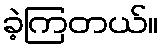
ခဲ့ကြတယ်။